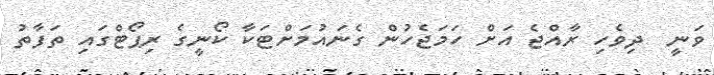
ވަނީ  ދިވެހި ރާއްޖެ އަށް ހަމަޖެހުން ގެނައުމަށްޓަކާ ކޯނީގެ ރިޕޯޓްގައި ތަފާތު